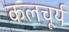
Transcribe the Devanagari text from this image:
कलचूर्य